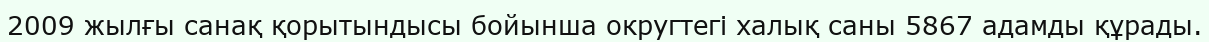
2009 жылғы санақ қорытындысы бойынша округтегі халық саны 5867 адамды құрады.